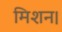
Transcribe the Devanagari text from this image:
मिशन।